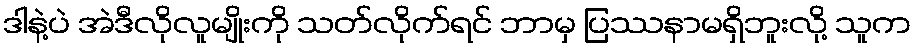
ဒါနဲ့ပဲ အဲဒီလိုလူမျိုးကို သတ်လိုက်ရင် ဘာမှ ပြဿနာမရှိဘူးလို့ သူက